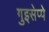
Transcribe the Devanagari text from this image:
गुइसेप्पे